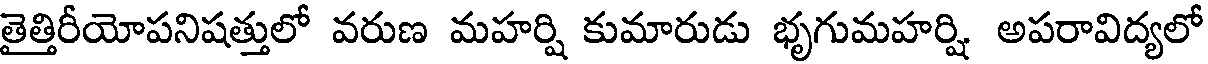
తైత్తిరీయోపనిషత్తులో వరుణ మహర్షి కుమారుడు భృగుమహర్షి అపరావిద్యలో